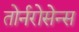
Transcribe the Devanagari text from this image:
तोर्नरोसेन्स